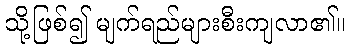
သို့ဖြစ်၍ မျက်ရည်များစီးကျလာ၏။